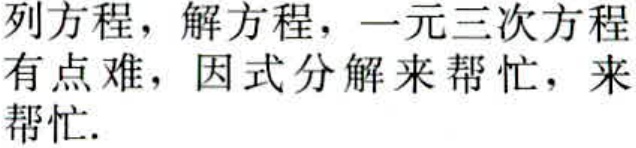
列方程，解方程，一元三次方程有点难，因式分解来帮忙，来帮忙.